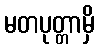
မတပုတ္တာမှိ